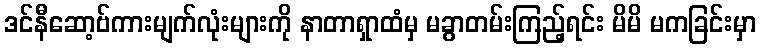
ဒင်နီဆော့ဗ်ကားမျက်လုံးများကို နာတာရှာထံမှ မခွာတမ်းကြည့်ရင်း မိမိ မကခြင်းမှာ